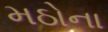
મઠોના